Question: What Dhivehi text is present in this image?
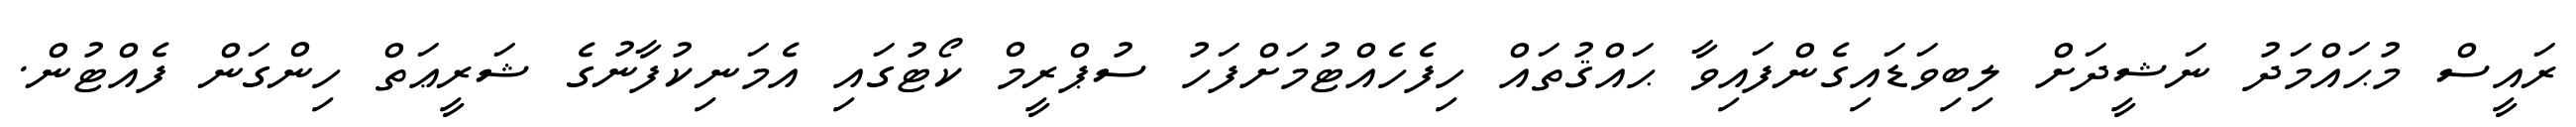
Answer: ރައީސް މުޙައްމަދު ނަޝީދަށް ލިބިވަޑައިގެންފައިވާ ޙައްޤުތައް ހިފެހެއްޓުމަށްފަހު ސުޕްރީމް ކޯޓުގައި އެމަނިކުފާނުގެ ޝަރީޢަތް ހިންގަން ފެއްޓުން.